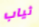
ثياب